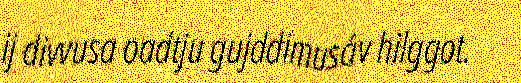
ij divvusa oadtju gujddimusáv hilggot.